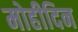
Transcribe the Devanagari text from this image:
मोहीदिन